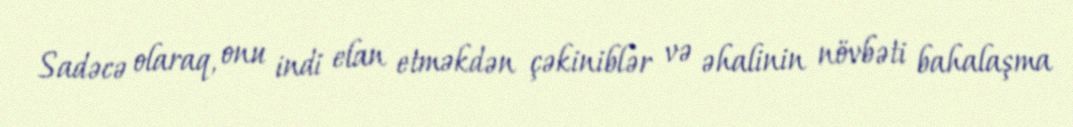
Sadəcə olaraq, onu indi elan etməkdən çəkiniblər və əhalinin növbəti bahalaşma